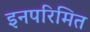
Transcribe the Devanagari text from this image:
इनपरिमित